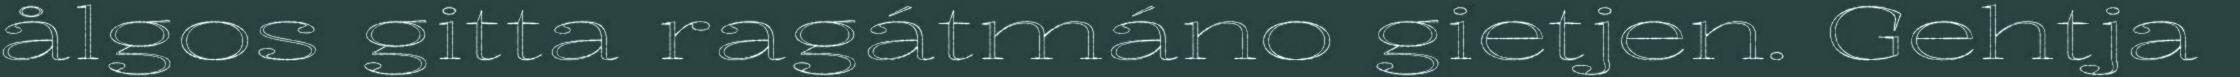
ålgos gitta ragátmáno gietjen. Gehtja